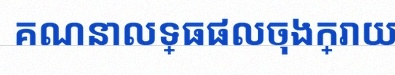
គណនាលទ្ធផលចុងក្រោយ